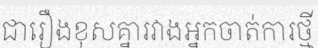
ជារឿងខុសគ្នារវាងអ្នកចាត់ការថ្មី